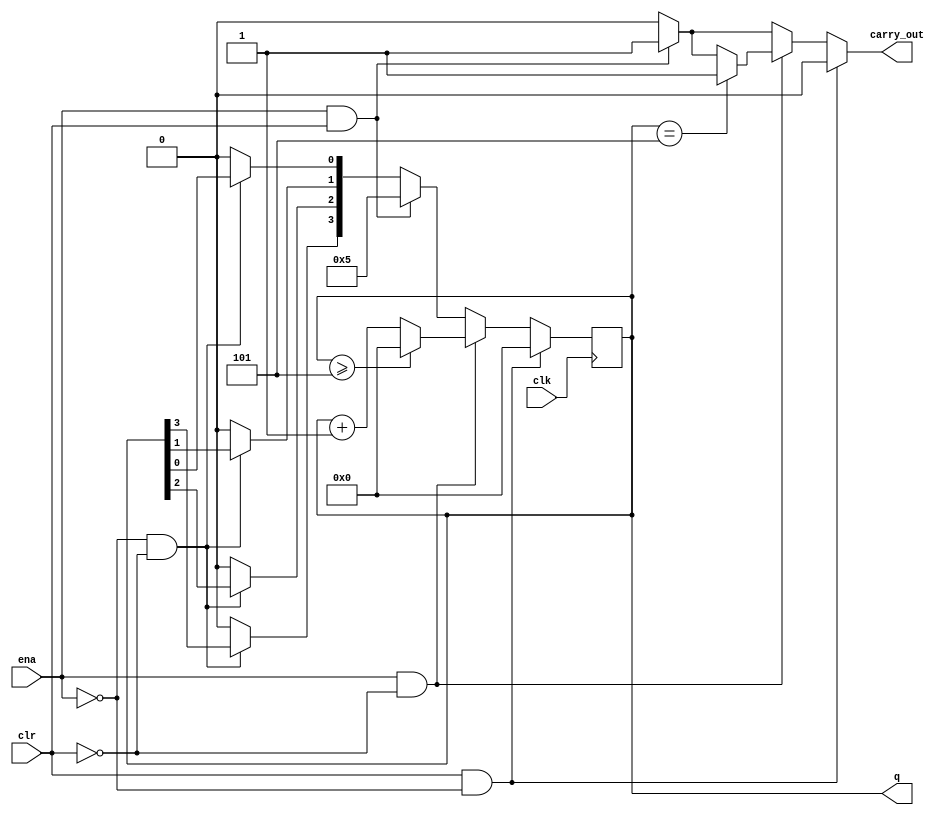
`timescale 1ns / 1ps
//////////////////////////////////////////////////////////////////////////////////
// Company: 
// Engineer: 
// 
// Design Name: 
// Module Name:    counter_0to5 
// Project Name: 
// Target Devices: 
// Tool versions: 
// Description: 
//
// Dependencies: 
//
// Revision: 
// Revision 0.01 - File Created
// Additional Comments: 
//
//////////////////////////////////////////////////////////////////////////////////
module counter_0to5(
    input ena,
    input clr,
    input clk,
    output reg [3:0] q,
    output reg carry_out);
	 
 //Declare reg for Next_q
 reg [3:0] Next_q;


always @(posedge clk)
		begin
		q <= Next_q;
		end
		
	
	always @(q or ena or clr)
		begin
			
			Next_q = 4'b0000;
			carry_out = 4'b0;


			// ** HOLD **	
			//Logic when ena and clr are set to 0 to hold current values
			if( (ena == 1'b0) && (clr == 1'b0))
				 begin
					carry_out = 1'b0;	
					Next_q[0] = q[0];
				 	Next_q[1] = q[1];
				 	Next_q[2] = q[2];
				 	Next_q[3] = q[3];
				 end 
				
	

			// ** MAX **	
			//Logic to handle when ena =1 and clr = 1 to get ouput
			//of 5
			
			if ( (ena ==1'b1) && (clr == 1'b1) )
				begin
					carry_out = 1'b1;
					Next_q = 4'b0101;
				end

		

			// ** NEXT COUNT **	
			//Logic when ena = 1 to calculate our next bit
			 
			if ((ena == 1'b1) && (clr == 1'b0))
				begin
						
					Next_q = q + 1;
					
					if ( q == 5) carry_out = 1;
					if ( q >= 5) Next_q = 0;
		
				end // end of if handling the next bit
					
			

			// ** CLEAR **	
			//Logic when clr = 1 and ena = 0 to clear
			if ((clr == 1'b1) && (ena == 1'b0))
				begin
					Next_q = 4'b0000; // set to 0000.
					carry_out = 1'b0;			// set the carry bit to 0.
				end // end if to set Next_1 and carry_out to 0.
	 
		
		end  // End my entire always block

endmodule